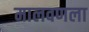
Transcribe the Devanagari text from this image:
मालवणला